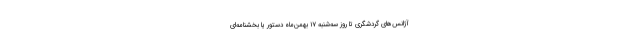
آژانس‌های گردشگری تا روز سه‌شنبه ۱۷ بهمن‌ماه دستور یا بخشنامه‌ای